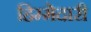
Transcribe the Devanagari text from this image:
हिम्मेदारी